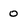
Character: 0